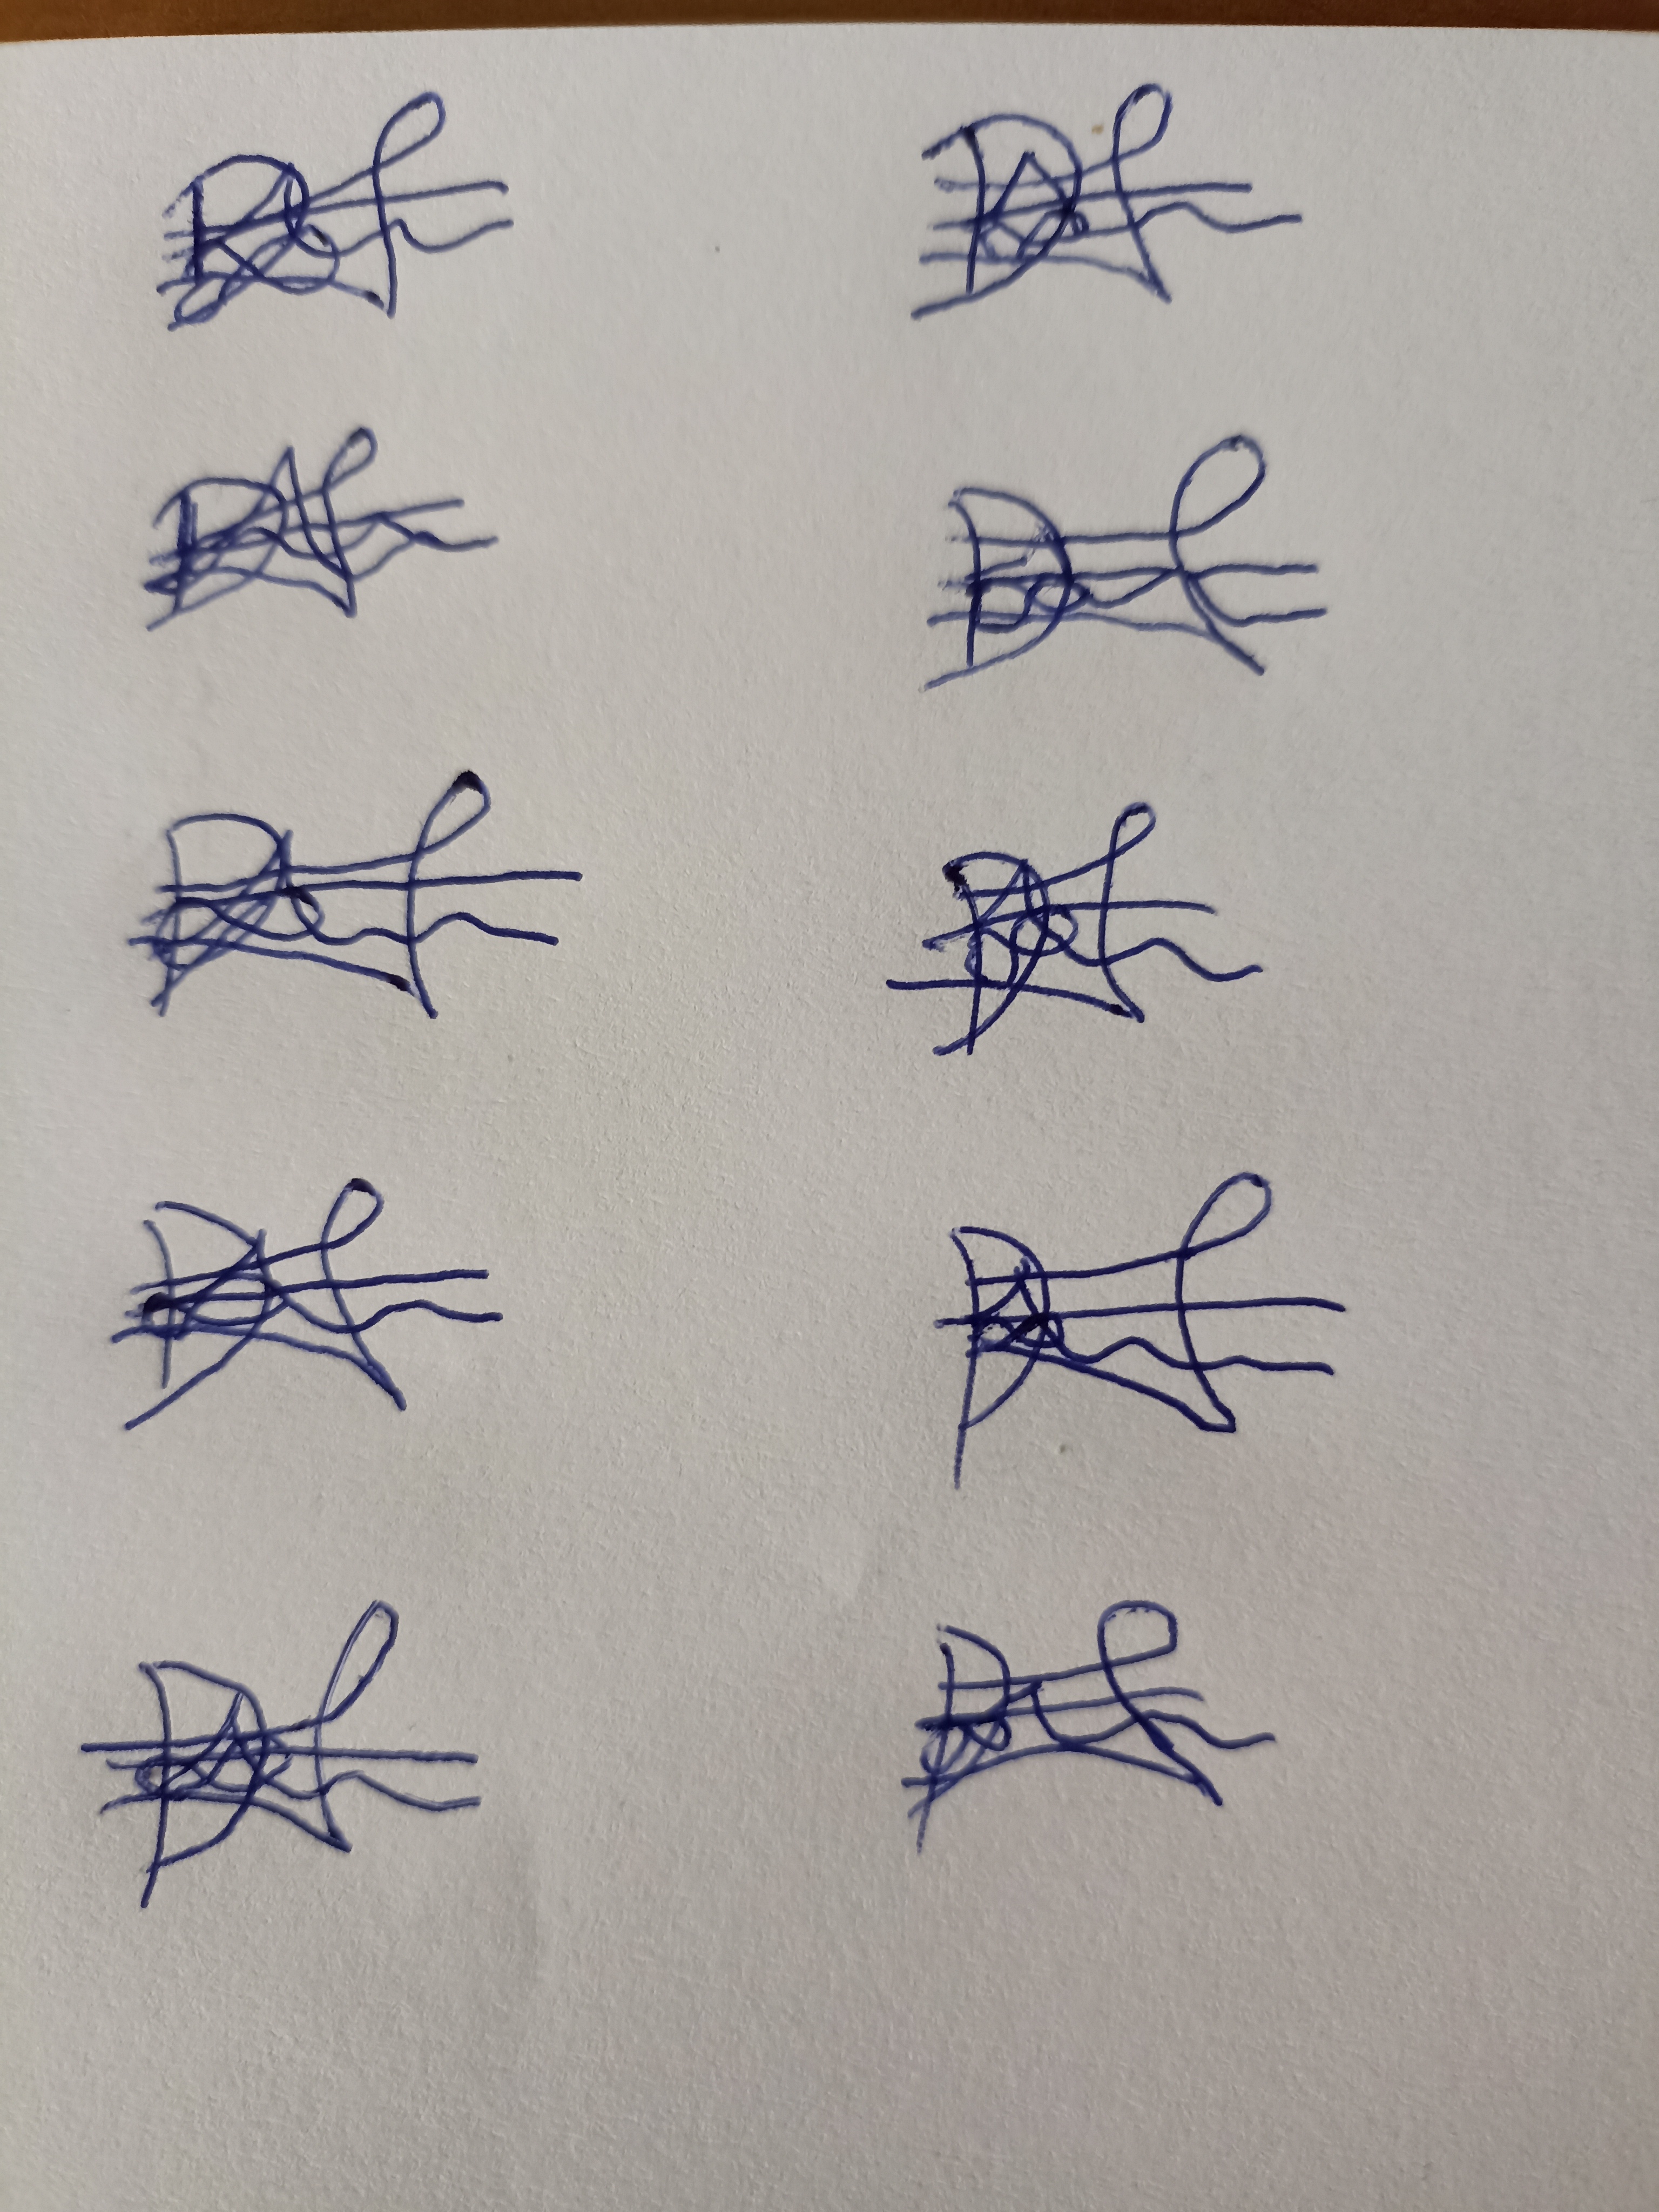
Signature authenticity: forged